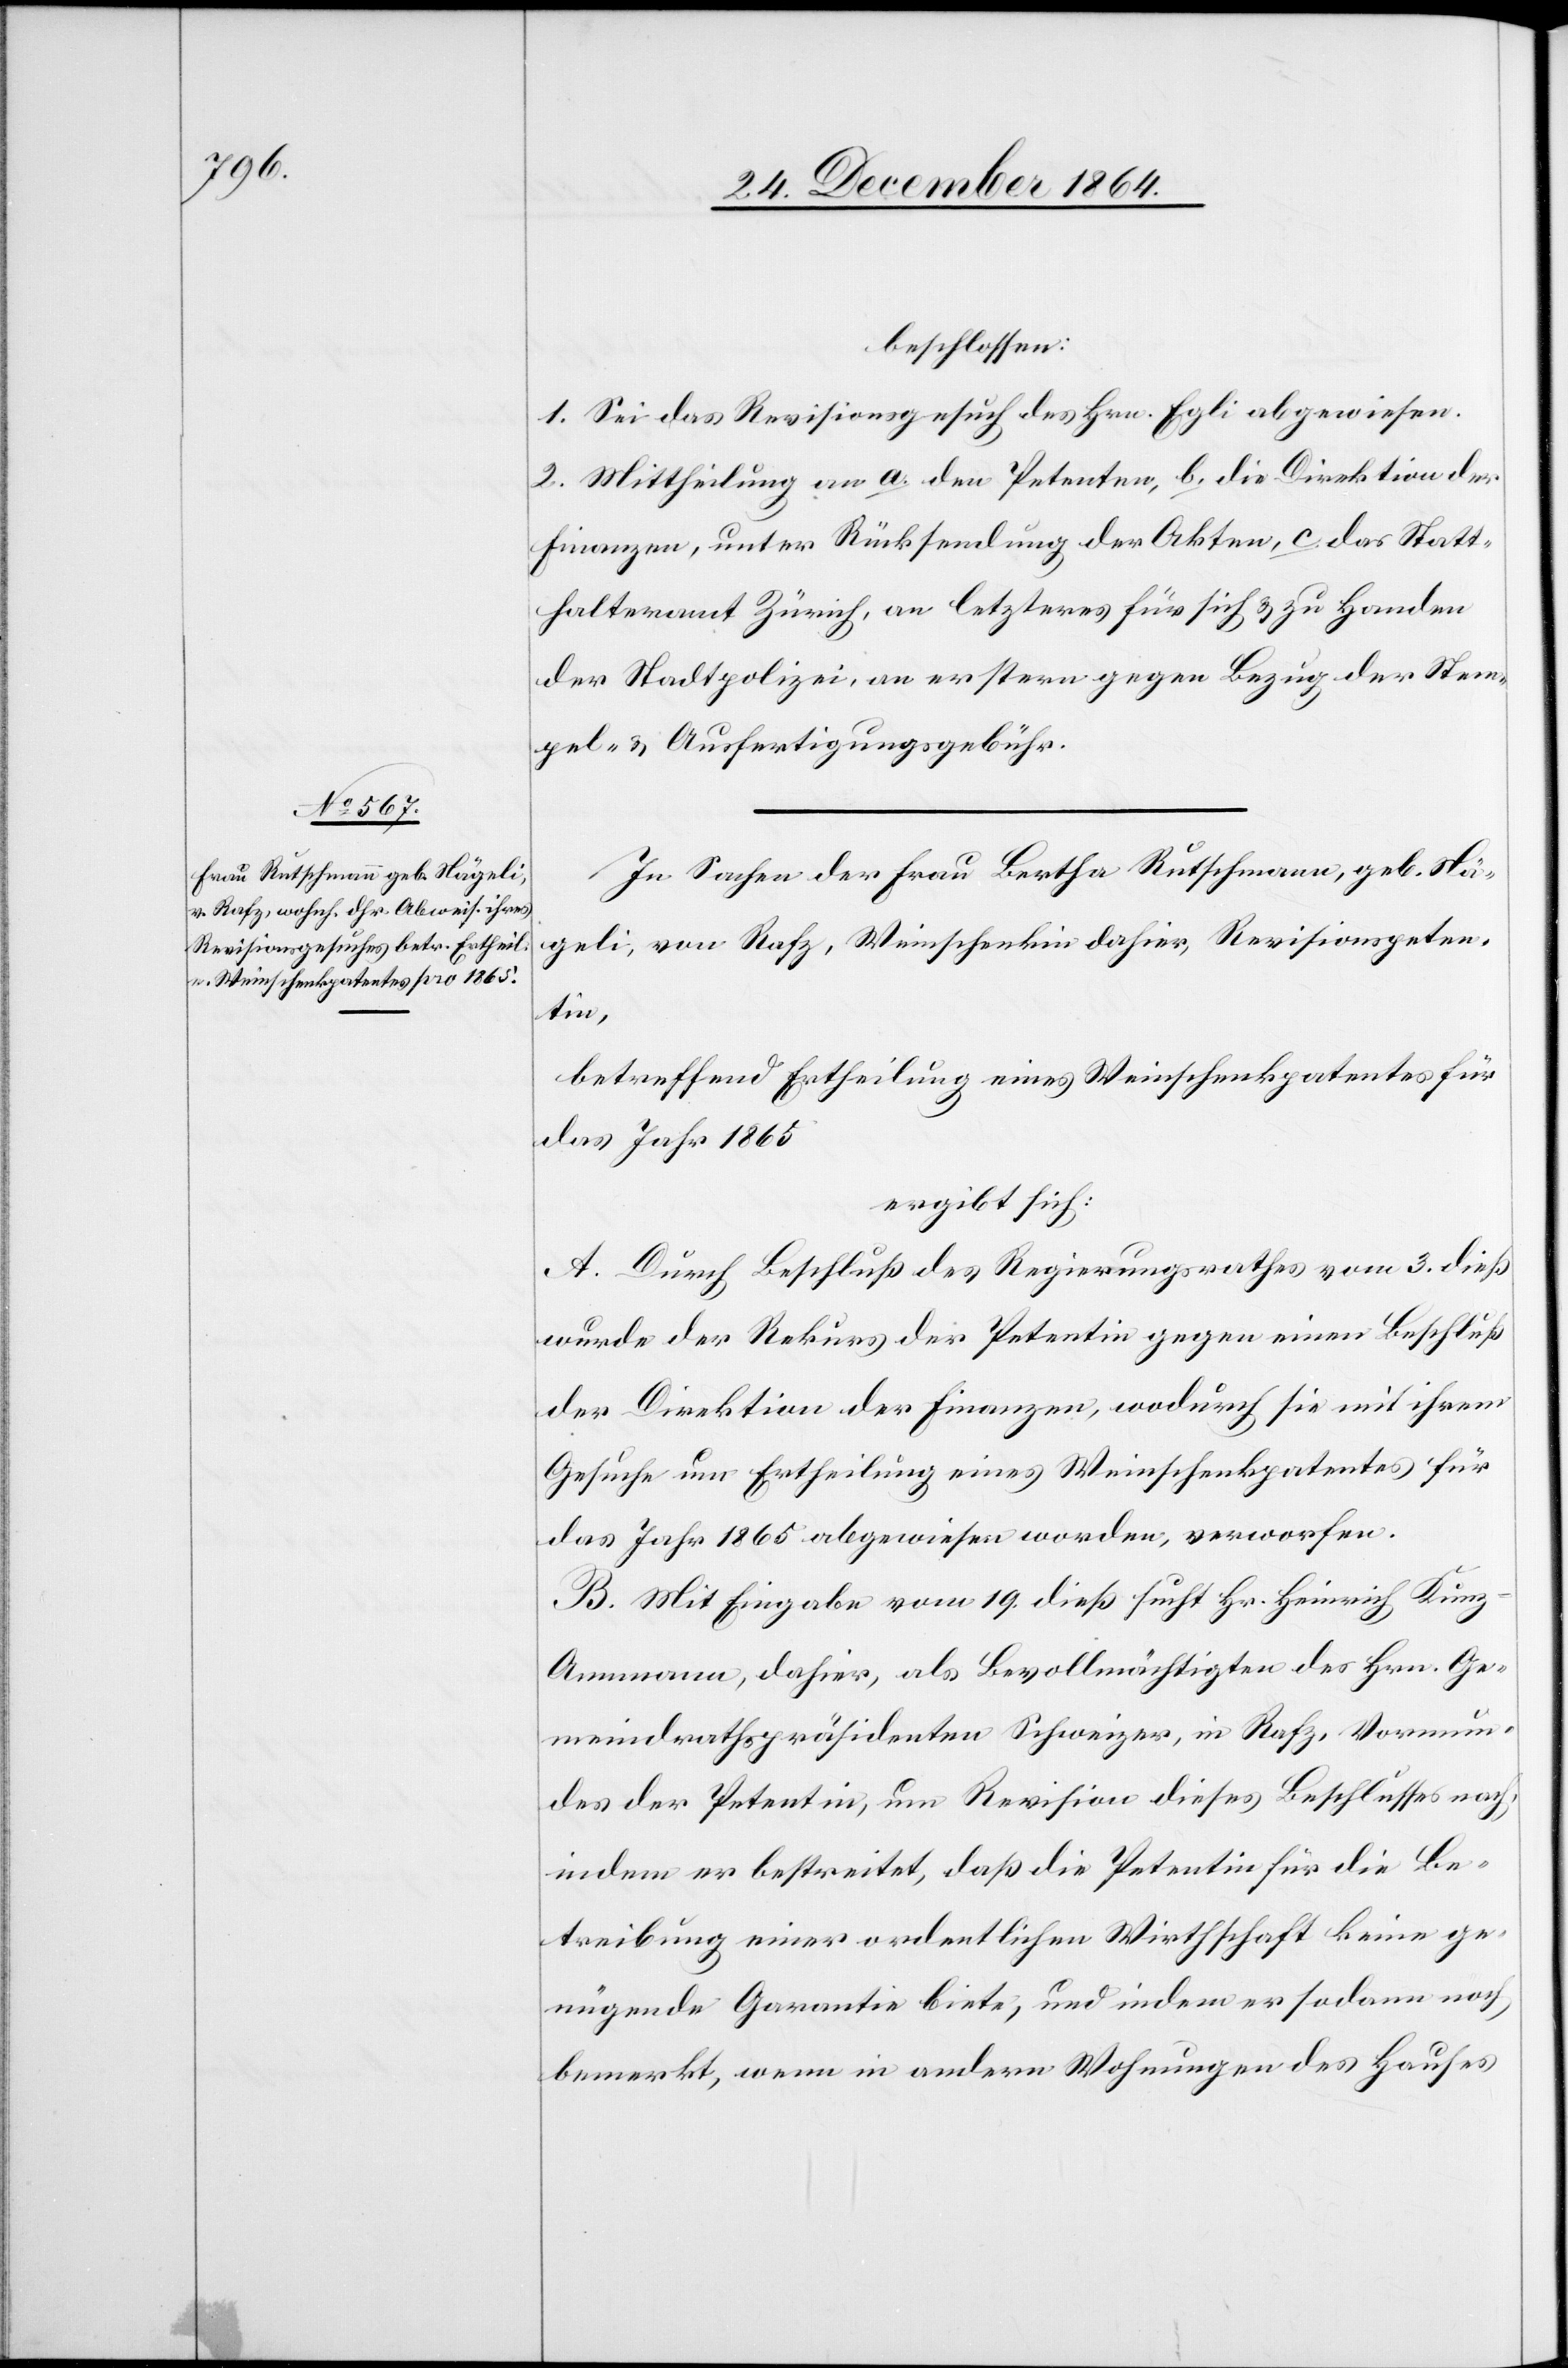
beschlossen:
1. Sei das Revisionsgesuch des Hrn. Egli abgewiesen.
2. Mittheilung an a. den Petenten, b. die Direktion der
Finanzen, unter Rücksendung der Akten, c. das Statt¬
halteramt Zürich, an letzteres für sich & zu Handen
der Stadtpolizei, an erstern gegen Bezug der Stem¬
pel- & Ausfertigungsgebühr.
In Sachen der Frau Bertha Rutschmann, geb. Nä¬
geli, von Rafz, Weinschenkin dahier, Revisionspeten¬
tin,
betreffend Ertheilung eines Weinschenkpatentes für
das Jahr 1865[,]
ergibt sich:
A. Durch Beschluß des Regierungsrathes vom 3. dieß
wurde der Rekurs der Petentin gegen einen Beschluß
der Direktion der Finanzen, wodurch sie mit ihrem
Gesuche um Ertheilung eines Weinschenkpatentes für
das Jahr 1865 abgewiesen worden, verworfen.
B. Mit Eingabe vom 19. dieß sucht Hr. Heinrich Kun¬
z-Ammann, dahier, als Bevollmächtigter des Hrn. Ge¬
meindrathspräsidenten Schweizer, in Rafz, Vormun¬
des der Petentin, um Revision dieses Beschlusses nach,
indem er bestreitet, daß die Petentin für die Be¬
treibung einer ordentlichen Wirthschaft keine ge¬
nügende Garantie biete, und indem er sodann noch
bemerkt, wenn in andern Wohnungen des Hauses